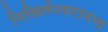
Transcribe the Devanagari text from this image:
निखिलेश्वरानन्द